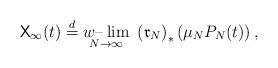
LaTeX: \begin{align*}\mathsf{X}_{\infty}(t)\overset{d}{=}\underset{N\to \infty}{w\textendash \lim}\ \left(\mathfrak{r}_N\right)_*\left(\mu_NP_N(t)\right),\end{align*}